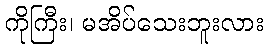
ကိုကြီး၊ မအိပ်သေးဘူးလား